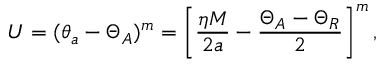
U = ( \theta _ { a } - \Theta _ { A } ) ^ { m } = \left[ \frac { \eta M } { 2 a } - \frac { \Theta _ { A } - \Theta _ { R } } { 2 } \right] ^ { m } ,